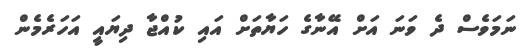
ނަމަވެސް ދެ ވަނަ އަށް އޭނާގެ ހަޔާތަށް އައި ކުއްޖާ ދިޔައީ އަހަރެމެން